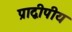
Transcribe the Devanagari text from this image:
प्राद्वीपीय